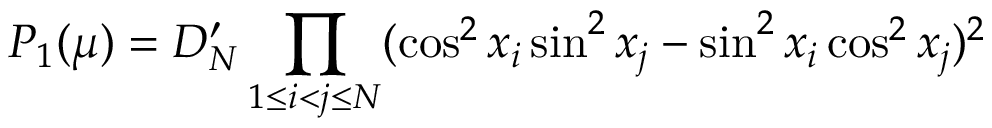
P _ { 1 } ( \mu ) = D _ { N } ^ { \prime } \prod _ { 1 \le i < j \le N } ( \cos ^ { 2 } x _ { i } \sin ^ { 2 } x _ { j } - \sin ^ { 2 } x _ { i } \cos ^ { 2 } x _ { j } ) ^ { 2 }